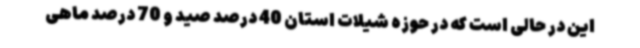
این در حالی است که در حوزه شیلات استان 40 درصد صید و 70 درصد ماهی